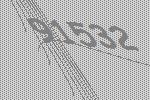
91532